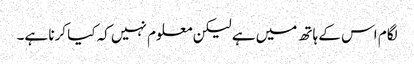
لگام اس کے ہاتھ میں ہے لیکن معلوم نہیں کہ کیا کرنا ہے۔